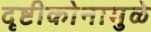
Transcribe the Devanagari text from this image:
दृष्टीकोनामुळे